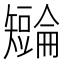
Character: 𪿏